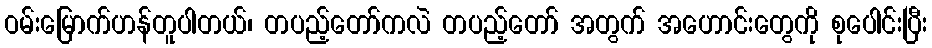
ဝမ်းမြောက်ဟန်တူပါတယ်၊ တပည့်တော်ကလဲ တပည့်တော် အတွက် အဟောင်းတွေကို စုပေါင်းပြီး